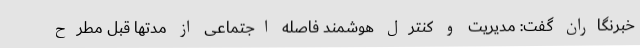
خبرنگاران گفت: مدیریت و کنترل هوشمند فاصله اجتماعی از مدتها قبل مطرح